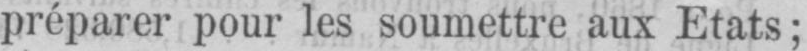
préparer pour les soumettre aux Etats;